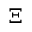
\Xi